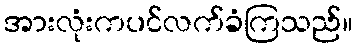
အားလုံးကပင်လက်ခံကြသည်။